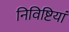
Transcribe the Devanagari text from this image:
निविष्टियां